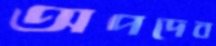
অপদেব